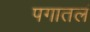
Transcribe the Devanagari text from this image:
पगातलं